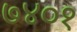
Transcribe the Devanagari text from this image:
७४०१